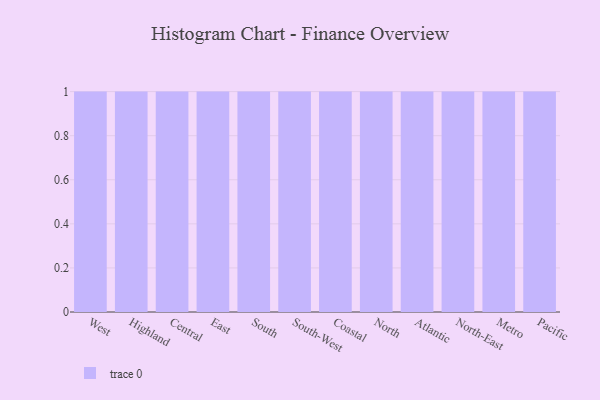
{"axis": {"x": "Region", "y": "Budget (USD K)"}, "legend": [""], "data": [{"x": "West", "y": 35, "type": ""}, {"x": "Highland", "y": 71, "type": ""}, {"x": "Central", "y": 40, "type": ""}, {"x": "East", "y": 32, "type": ""}, {"x": "South", "y": 25, "type": ""}, {"x": "South-West", "y": 68, "type": ""}, {"x": "Coastal", "y": 55, "type": ""}, {"x": "North", "y": 7, "type": ""}, {"x": "Atlantic", "y": 53, "type": ""}, {"x": "North-East", "y": 27, "type": ""}, {"x": "Metro", "y": 80, "type": ""}, {"x": "Pacific", "y": 86, "type": ""}]}